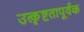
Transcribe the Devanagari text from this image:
उत्कृष्टतापूर्वक